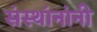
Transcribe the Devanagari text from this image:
संस्थांनांनी